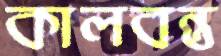
কালবন্ত